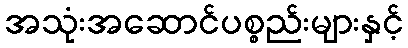
အသုံးအဆောင်ပစ္စည်းများနှင့်